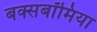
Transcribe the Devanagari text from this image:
बक्सबॉमिया